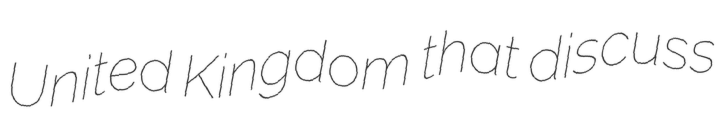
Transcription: United Kingdom that discuss